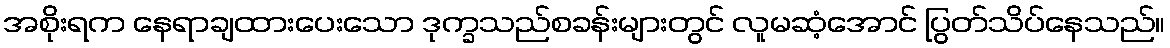
အစိုးရက နေရာချထားပေးသော ဒုက္ခသည်စခန်းများတွင် လူမဆံ့အောင် ပြွတ်သိပ်နေသည်။